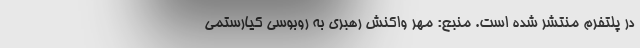
در پلتفرم منتشر شده است. منبع: مهر واکنش رهبری به روبوسی کیارستمی